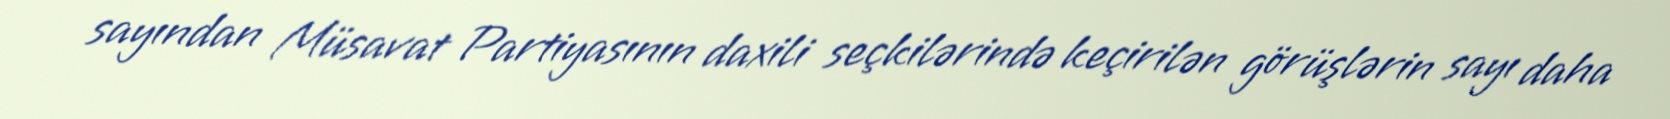
sayından Müsavat Partiyasının daxili seçkilərində keçirilən görüşlərin sayı daha